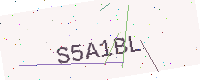
Text: S5A1BL